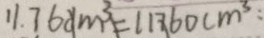
1 1 . 7 6 d m ^ { 3 } = 1 1 7 6 0 c m ^ { 3 } :